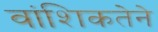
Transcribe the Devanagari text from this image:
वांशिकतेने